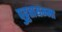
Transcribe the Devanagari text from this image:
पुट्टतायम्मा